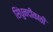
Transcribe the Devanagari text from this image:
सिंधुनदीकाठी